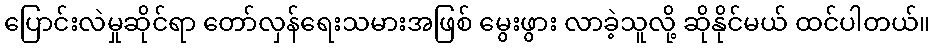
ပြောင်းလဲမှုဆိုင်ရာ တော်လှန်ရေးသမားအဖြစ် မွေးဖွား လာခဲ့သူလို့ ဆိုနိုင်မယ် ထင်ပါတယ်။